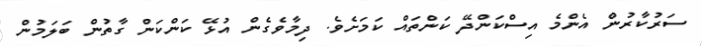
ސަރުކާރުން އެންމެ އިސްކަންދޭ ކަންތައް ކަމަށެވެ. ދިމާވެގެން އުޅޭ ކަންކަން ގާތުން ބަލަމުން